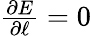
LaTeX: \begin{array}{r}{\frac{\partial E}{\partial\ell}=0}\end{array}